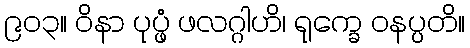
၉၀၃။ ဝိနာ ပုပ္ဖံ ဖလဂ္ဂါဟိ၊ ရုက္ခေ ဝနပ္ပတိ။